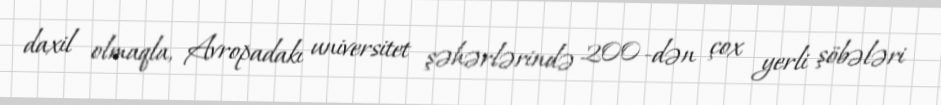
daxil olmaqla, Avropadakı universitet şəhərlərində 200 -dən çox yerli şöbələri